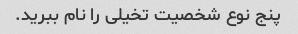
پنج نوع شخصیت تخیلی را نام ببرید.